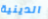
الدينية